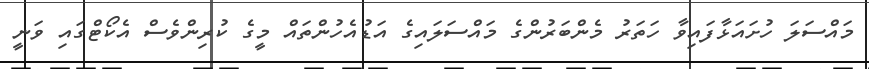
މައްސަލަ ހުށައަޅާފައިވާ ހަތަރު މެންބަރުންގެ މައްސަލައިގެ އަޑުއެހުންތައް މީގެ ކުރިންވެސް އެކޯޓްގައި ވަނީ